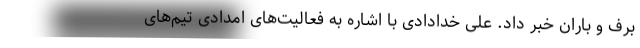
برف و باران خبر داد. علی خدادادی با اشاره به فعالیت‌های امدادی تیم‌های